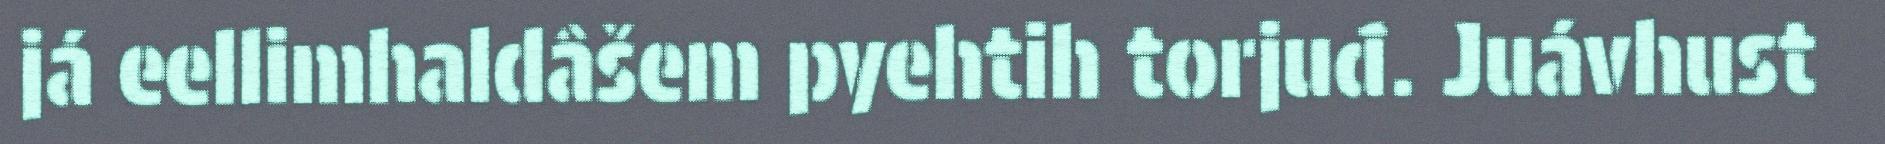
já eellimhaldâšem pyehtih torjuđ. Juávhust